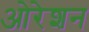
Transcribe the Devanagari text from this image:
ओरेशन